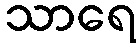
သာရေ